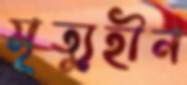
মৃত্যুহীন